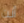
أنت